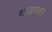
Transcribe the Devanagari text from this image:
धोडपवर